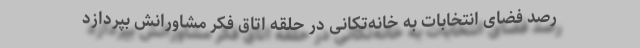
رصد فضای انتخابات به خانه‌تکانی در حلقه اتاق فکر مشاورانش بپردازد